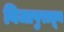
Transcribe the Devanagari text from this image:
विजापुरातून